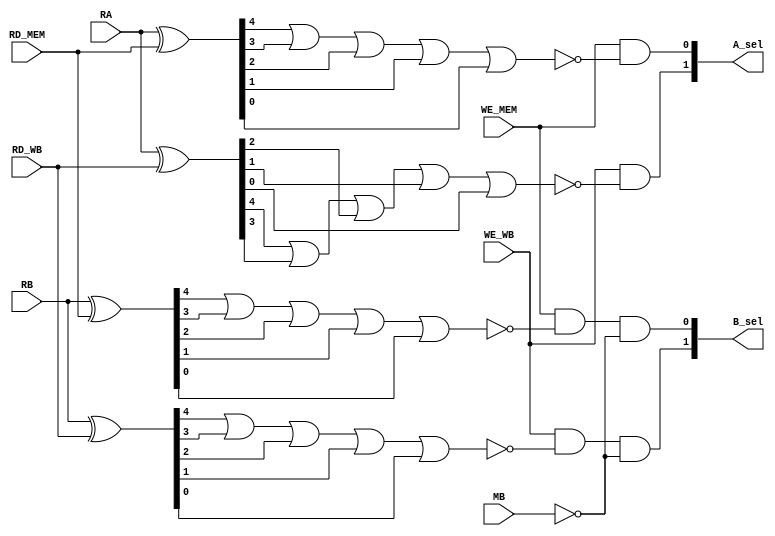
module Data_Forward(
    input [4:0] RA,
    input [4:0] RB,
	input MB,
    input [4:0] RD_MEM,
    input [4:0] RD_WB,
    input WE_MEM,
    input WE_WB,
    output [1:0] A_sel,
    output [1:0] B_sel);
    
    
    wire RA_RD_MEM;         //1 means different, 0 means same
    wire RA_RD_WB;
    wire RB_RD_MEM;
    wire RB_RD_WB;
    
    
    wire [4:0] RA_RD_MEM_exor; 
    wire [4:0] RA_RD_WB_exor;
    wire [4:0] RB_RD_MEM_exor;
    wire [4:0] RB_RD_WB_exor;
    
    assign RA_RD_MEM_exor = RA ^ RD_MEM;
    assign RA_RD_WB_exor = RA ^ RD_WB;
    assign RB_RD_MEM_exor = RB ^ RD_MEM;
    assign RB_RD_WB_exor = RB ^ RD_WB;
    
    assign RA_RD_MEM = RA_RD_MEM_exor[4] | RA_RD_MEM_exor[3] | RA_RD_MEM_exor[2] | RA_RD_MEM_exor[1] | RA_RD_MEM_exor[0]; 
    assign RA_RD_WB = RA_RD_WB_exor[4] | RA_RD_WB_exor[3] | RA_RD_WB_exor[2] | RA_RD_WB_exor[1] | RA_RD_WB_exor[0];
    assign RB_RD_MEM = RB_RD_MEM_exor[4] | RB_RD_MEM_exor[3] | RB_RD_MEM_exor[2] | RB_RD_MEM_exor[1] | RB_RD_MEM_exor[0]; 
    assign RB_RD_WB = RB_RD_WB_exor[4] | RB_RD_WB_exor[3] | RB_RD_WB_exor[2] | RB_RD_WB_exor[1] | RB_RD_WB_exor[0];  
   
    assign A_sel[0] = WE_MEM & ~RA_RD_MEM;
    assign A_sel[1] = WE_WB & ~RA_RD_WB;
   
    assign B_sel[0] = WE_MEM & ~RB_RD_MEM & ~MB;
    assign B_sel[1] = WE_WB & ~RB_RD_WB & ~MB;
    
endmodule